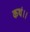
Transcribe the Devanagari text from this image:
कथं।।